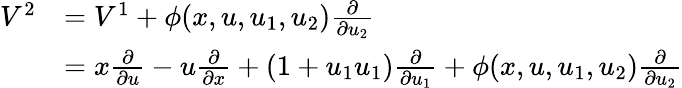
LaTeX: {\begin{array}{rl}{V^{2}}&{=V^{1}+\phi(x,u,u_{1},u_{2}){\frac{\partial}{\partial u_{2}}}}\\ &{=x{\frac{\partial}{\partial u}}-u{\frac{\partial}{\partial x}}+(1+u_{1}u_{1}){\frac{\partial}{\partial u_{1}}}+\phi(x,u,u_{1},u_{2}){\frac{\partial}{\partial u_{2}}}}\end{array}}